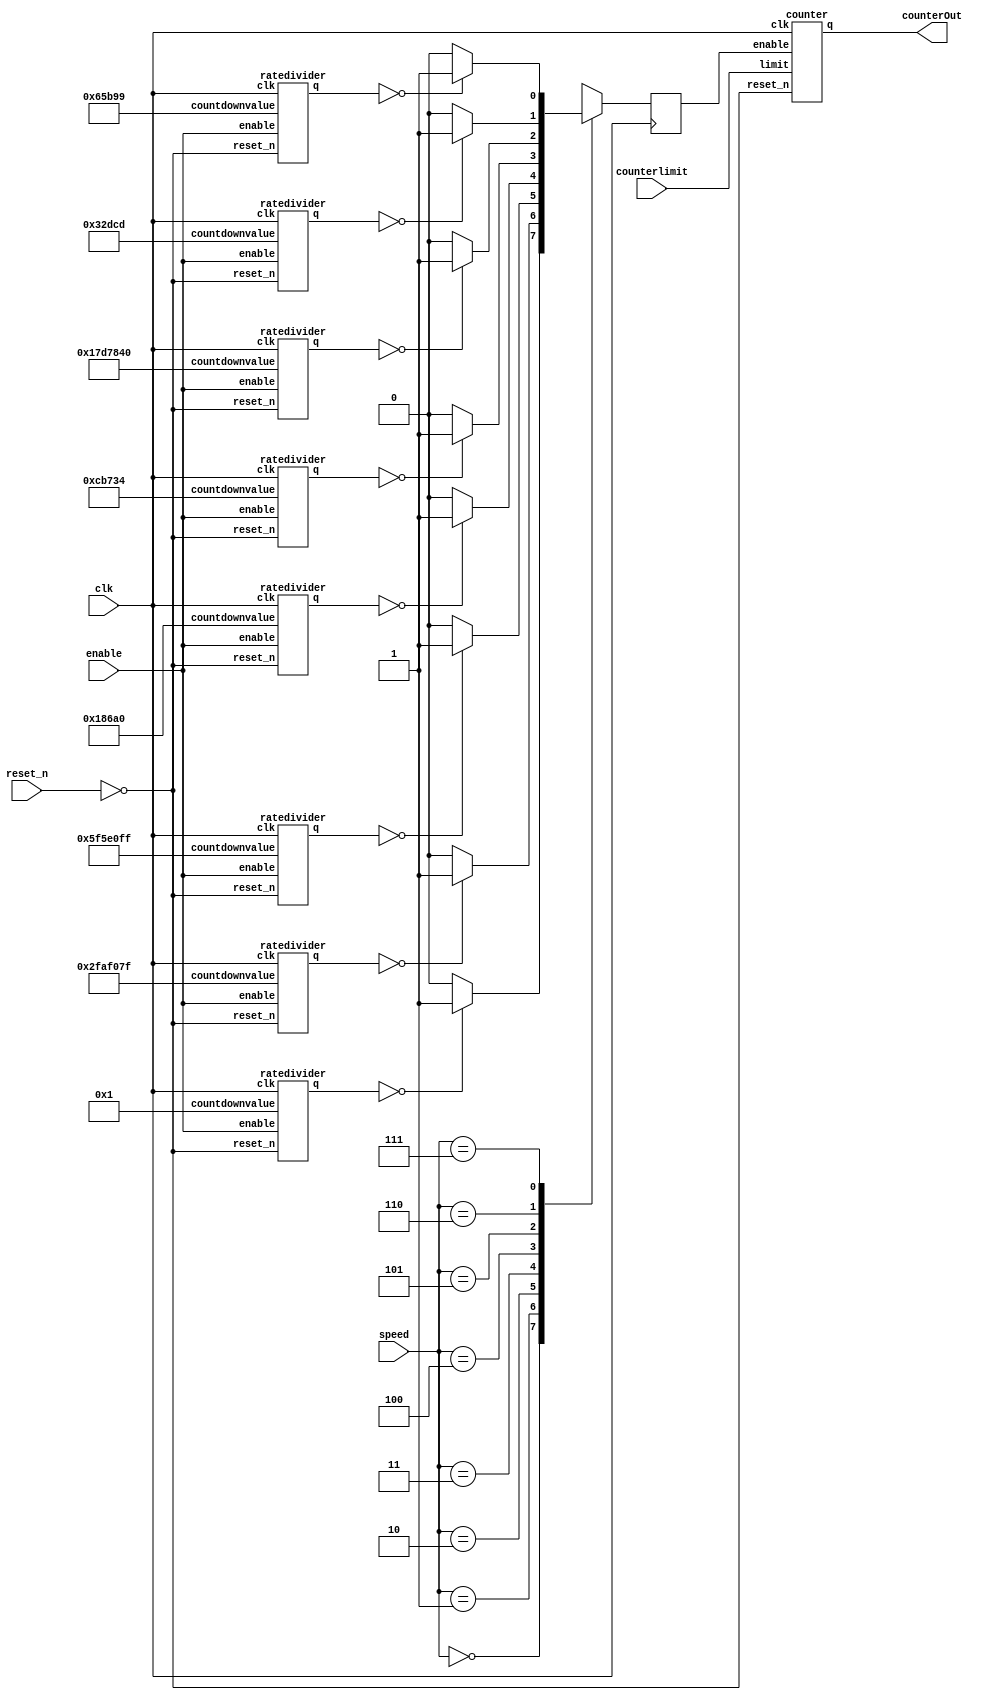
// -------------------------------------------------------------------------
// counterhz module
// outputs counter signals depending on the speed
// 2'b00 - 50mhz
// 2'b01 - 1hz
// 2'b10 - 0.5hz
// 2'b11 - 0.25MHz
module counterhz(enable, clk, reset_n, speed, counterlimit, counterOut);
  input enable;
  input reset_n;
  input clk; // CLOCK_50
  input [2:0] speed; // input speed
  // sets the limit of the counter
  // e.g 4'b0100 for counting up to 4
  input [3:0] counterlimit;
  output [3:0] counterOut; // signals from the modified counter

  // wires from the outputs of the rate dividers
  wire [27:0] c50mhzOut;
  wire [27:0] c1hzOut;
  wire [27:0] c0_5hzOut;
  wire [27:0] c0_25hzOut;
  wire [27:0] c60hzOut;
  wire [27:0] c2hzOut;
  wire [27:0] c120hzOut;
  wire [27:0] c240hzOut;


  // register to hold the value of the enable
  reg outEnable;

  // input speed
  // 2'b00 - 50mhz
  // 2'b01 - 1hz
  // 2'b10 - 0.5hz
  // 2'b11 - 0.25MHz

  always @ (posedge clk)
  begin
    case (speed)
      3'b000: begin // 50hz out
        if (c50mhzOut == 28'b0)
          outEnable <= 1'b1;
        else
          outEnable <= 1'b0;
        end

      3'b001: begin // 1hz out
        if (c1hzOut == 28'b0)
          outEnable <= 1'b1;
        else
          outEnable <= 1'b0;
        end

      3'b010: begin // 0.5hz out
        if (c0_5hzOut == 28'b0)
          outEnable <= 1'b1;
        else
          outEnable <= 1'b0;
        end

      3'b011: begin // 0.25 hz
        if (c0_25hzOut == 28'b0)
          outEnable <= 1'b1;
        else
          outEnable <= 1'b0;
        end

		3'b100: begin // 60 hz
        if (c60hzOut == 28'b0)
          outEnable <= 1'b1;
        else
          outEnable <= 1'b0;
        end

    3'b101: begin // 2 hz
        if (c2hzOut == 28'b0)
          outEnable <= 1'b1;
        else
          outEnable <= 1'b0;
        end

    3'b110: begin // 2 hz
        if (c240hzOut == 28'b0)
          outEnable <= 1'b1;
        else
          outEnable <= 1'b0;
        end

      3'b111: begin // 120 hz
          if (c120hzOut == 28'b0)
            outEnable <= 1'b1;
          else
            outEnable <= 1'b0;
          end
        default: outEnable = 1'b0;
    endcase

  end

// modules
  // rate divider for 50mhz
  // countdown from 1
  ratedivider clock50hz(
    .enable(enable),
    .reset_n(~reset_n),
    .clk(clk),
    .countdownvalue(28'b0000000000000000000000000001),
    .q(c50mhzOut)
    );

  // rate divider for 120hz
  // countdown from 100000
  ratedivider clock120hz(
    .enable(enable),
    .reset_n(~reset_n),
    .clk(clk),
    .countdownvalue(28'b1100101101110011001),
    .q(c120hzOut)
    );

  // rate divider for 60hz
  // countdown from 833332
  ratedivider clock60hz(
    .enable(enable),
    .reset_n(~reset_n),
    .clk(clk),
    .countdownvalue(28'b11001011011100110100),
    .q(c60hzOut)
    );

  // rate divider for 60hz
  // countdown from 208333
  ratedivider clock240hz(
    .enable(enable),
    .reset_n(~reset_n),
    .clk(clk),
    .countdownvalue(28'b110010110111001101),
    .q(c240hzOut)
    );

  // rate divider for 2hz
  // countdown from 25000000
  ratedivider clock2hz(
    .enable(enable),
    .reset_n(~reset_n),
    .clk(clk),
    .countdownvalue(28'b1011111010111100001000000),
    .q(c2hzOut)
    );

  // rate divider for 1hz
  // countdown from 49999999
  ratedivider clock1hz(
    .enable(enable),
    .reset_n(~reset_n),
    .clk(clk),
    .countdownvalue(28'b0010111110101111000001111111),
    .q(c1hzOut)
    );

  // rate divider for 0.5hz
  // countdown from 99999999
  ratedivider clock0_5hz(
    .enable(enable),
    .reset_n(~reset_n),
    .clk(clk),
    .countdownvalue(28'b0101111101011110000011111111),
    .q(c0_5hzOut)
    );

  // rate divider for 0.25hz
  // countdown from 199999999
  ratedivider clock0_25hz(
    .enable(enable),
    .reset_n(~reset_n),
    .clk(clk),
    .countdownvalue(28'b11000011010100000),
    .q(c0_25hzOut)
    );

  // outEnable is wired to the enable of the counter
  // to change the speed of each clock pulse
  counter modifiedcounter(
    .enable(outEnable),
    .reset_n(~reset_n),
    .clk(clk),
	  .limit(counterlimit[3:0]),
    .q(counterOut)
    );


endmodule

// -------------------------------------------------------------------------
// counter module
// increments only when enable is 1
// once it overflows (from 4'b1111 + 4'b0001 = 4'b0000) then it goes back to 0
module counter(enable, reset_n, clk, limit, q);
  input enable;
  input reset_n;
  input clk;
  input [3:0] limit;
  output [3:0] q;
  reg [3:0] q;

  always @ (posedge clk)
  begin
    if(reset_n == 1'b0)
      q <= 4'b000;
    else if(enable == 1'b1) begin
		if (q == limit) // if the counter reaches the limit, reset
			q <= 4'b000;
		else
			q <= q + 1'b1;
	 end
  end

endmodule

// -------------------------------------------------------------------------
// rate divider module
module ratedivider(enable, reset_n, clk, countdownvalue, q);
  input enable;
  input reset_n;
  input clk;
  input [27:0] countdownvalue;
  output [27:0] q;
	reg [27:0] q;

  always @ (posedge clk)
  begin
    if(reset_n == 1'b0)
      q <= countdownvalue; // Set back to initial count down value
    else if(enable == 1'b1) begin
				 if (q == 1'b0)
				 // if q returns to 0 (overflow from 4'b1111 + 4'b0001 = 4'b0000)
				 // then set reset the q value
				 		q <= countdownvalue;
				 else
				 // else decrement value from count down
				 		q <= q - 1'b1;
		end
  end

endmodule